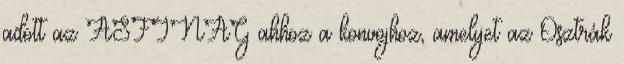
adott az ASFINAG ahhoz a konvojhoz, amelyet az Osztrák